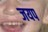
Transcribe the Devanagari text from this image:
जयप